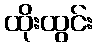
ထိုးထွင်း